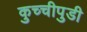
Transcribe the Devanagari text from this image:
कुच्चीपुडी